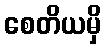
စေတိယမှိ